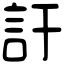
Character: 訏